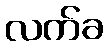
လက်ခ